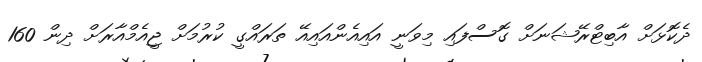
ދެކޮޅަށް އާބިޓްރޭޝަނަށް ގޮސްފައި މިވަނީ އައިއެންއައިއޭ ތަރައްގީ ކުރުމަށް ޖީއެމްއާރަށް ދިން 160